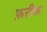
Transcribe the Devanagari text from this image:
फ़रीक